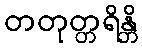
တတုတ္တရိန္တိ